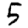
Digit: 5